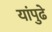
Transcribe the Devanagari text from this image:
यांपुढे